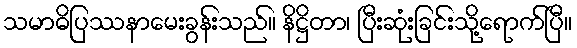
သမာဓိပြဿနာမေးခွန်းသည်။ နိဋ္ဌိတာ၊ ပြီးဆုံးခြင်းသို့ရောက်ပြီ။